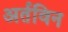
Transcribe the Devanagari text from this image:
अर्तविन